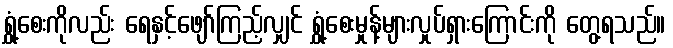
ရွှံ့စေးကိုလည်း ရေနှင့်ဖျော်ကြည့်လျှင် ရွှံ့စေးမှုန့်များလှုပ်ရှားကြောင်းကို တွေ့ရသည်။